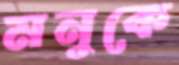
মনুকে